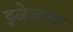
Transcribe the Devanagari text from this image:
झ्वेज्दावर